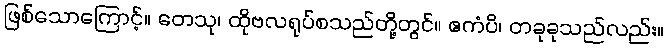
ဖြစ်သောကြောင့်။ တေသု၊ ထိုဗလရုပ်စသည်တို့တွင်။ ဧကံပိ၊ တခုခုသည်လည်း။